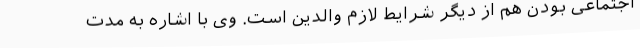
اجتماعی بودن هم از دیگر شرایط لازم والدین است. وی با اشاره به مدت